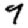
Digit: 9